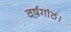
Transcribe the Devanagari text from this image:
वर्षगांठ।